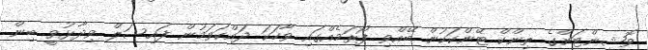
ވޮޝިންޓަންގެ ތިންކް ޓޭންކަކުން ބޭއްވި ފޯރަމެއްގައި ވާހަކަ ދައްކަވަމުން ފައިސަލް ވިދާޅުވީ ބިން